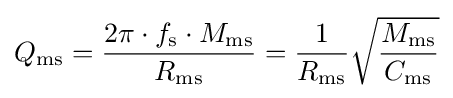
Q_{\rm {ms}}={\frac {2\pi \cdot f_{\rm {s}}\cdot M_{\rm {ms}}}{R_{\rm {ms}}}}={\frac {1}{R_{\rm {ms}}}}{\sqrt {\frac {M_{\rm {ms}}}{C_{\rm {ms}}}}}